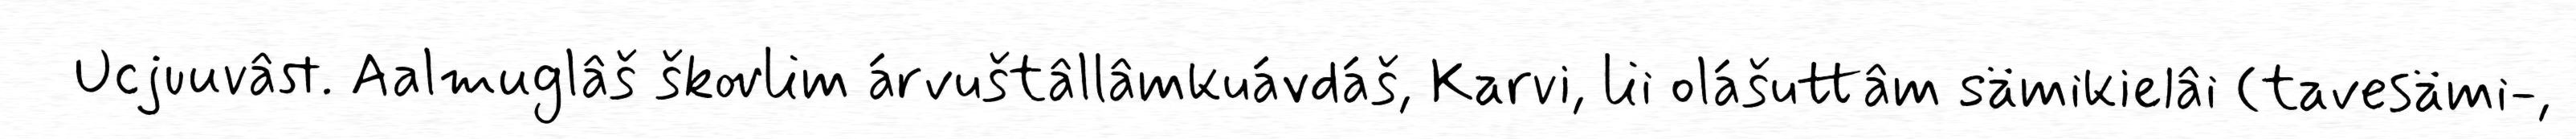
Ucjuuvâst. Aalmuglâš škovlim árvuštâllâmkuávdáš, Karvi, lii olášuttâm sämikielâi (tavesämi-,